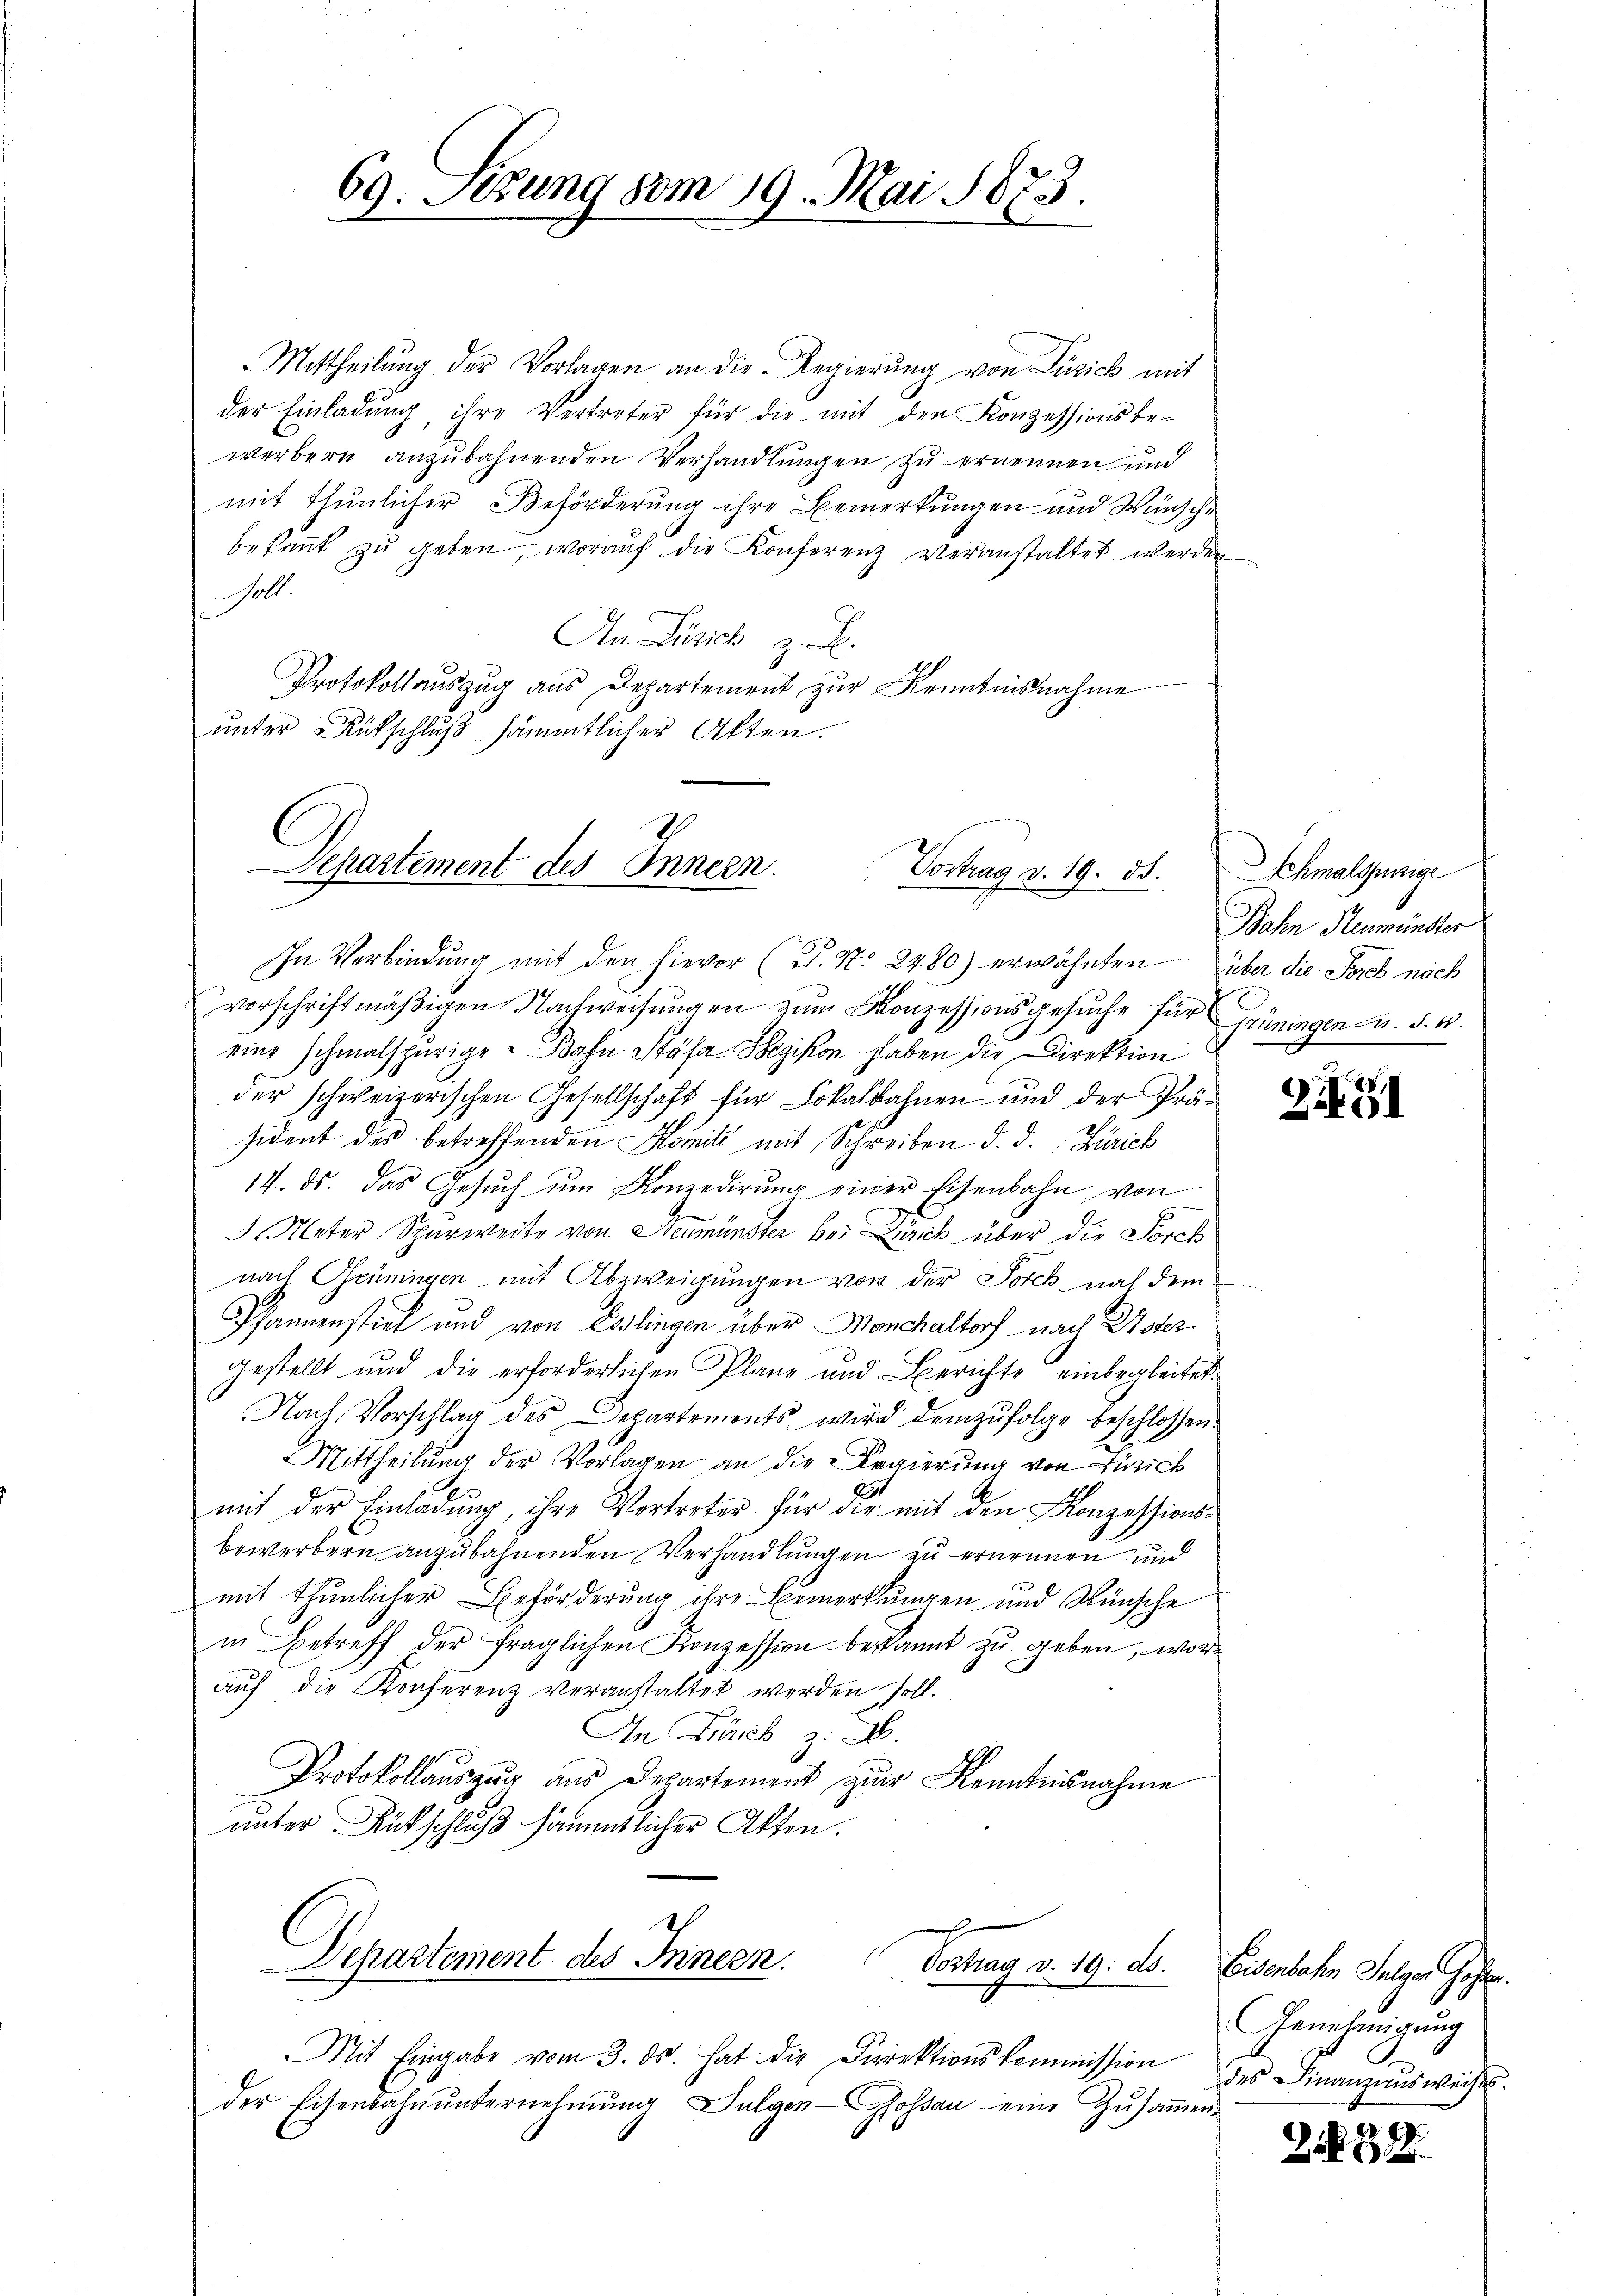
69. Sizung vom 19. Mai 1873.

Mittheilŭng der Vorlagen an die Regierŭng von Zürich mit
der Einladŭng, ihre Vertreter für die mit den Konzessionsbe-
werbern anzubahnenden Verhandlungen zu ernennen und
mit thunlicher Beförderung ihre Bemerkungen und Wünsche
bekannt zŭ geben, worauf die Konferenz veranstaltet werden
Goll.
An Zürich z. B.
Protokollauszug aus Departement zur Kenntnisnahme
unter Rückschluß sämmtlicher Akten.

Departement des Innern.
Vortrag v. 19. ds.

In Verbindung mit den hievor (T. N. 2480) erwähnten über die Sores nach
vorschriftmäβigen Nachweisŭngen zŭm Konzessionsgesŭche für Grüningen u. d. 10.
eine schmalspurige Bahn Stäfa Hegikon haben die Direktion
der schweizerischen Gesellschaft für Lokalbahnen und der Prä-
sident des betreffenden Komit mit Schreiben d. d. Zürich
14. ds. das Gesŭch ŭm Konzedirŭng einer Eisenbahn von
Meter Spurweite von Neumünster bei Zürich über die Forch
nach Grüningen mit Abzweigungen von der Forch nach dem
Pfannenstick und von Esslingen über Monchaltorf nach Uster
gestellt und die erforderlichen Plane und Berichte einbegleitet.
Nach Vorschlag des Departements wird demzufolge beschlossen.
Mittheilung der Vorlagen an die Regierung von Zürich
E
mit der Einladung, ihre Vortreter für die mit den Konzessionsbewerbern anzubahnenden Verhandlungen zu ernennen und
mit thunlicher Beförderung ihre Bemerkungen und Wünsche
in Betreff der fraglichen Konzession bekannt zu geben, woraŭf die Konferenz veranstaltet werden soll.
An Fick z. B.
Protokollauszug aus Departement zur Kenntnisnahme
unter Rückschluß sämmtlicher Akten.
Departement des Innern.
Vortrag v. 19. ds. Eisenbahn Fulgen Hohen
Mit Eingabe vom 3. ds. hat die Direktionskommission des Finanzausweises.
der Eisenbahnŭnternehmung Sulgen-Gossau eine Zŭsaṁen-

Schmalspinzige
Jahn Neumünster

24

Genehmigung

2839